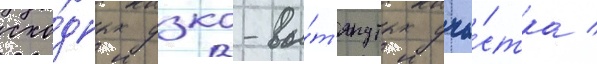
схо́дных узко-вы́т'янутых уча́стка /